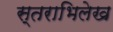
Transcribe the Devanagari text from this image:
स्तराभिलेख